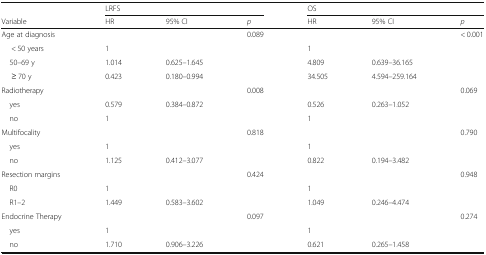
<table><thead><tr><td></td><td colspan="3"><b>LRFS</b></td><td colspan="3"><b>OS</b></td></tr><tr><td><b>Variable</b></td><td><b>HR</b></td><td><b>95% CI</b></td><td><b><i>p</i></b></td><td><b>HR</b></td><td><b>95% CI</b></td><td><b><i>p</i></b></td></tr></thead><tbody><tr><td>Age at diagnosis</td><td></td><td></td><td>0.089</td><td></td><td></td><td>&lt; 0.001</td></tr><tr><td>&lt; 50 years</td><td>1</td><td></td><td></td><td>1</td><td></td><td></td></tr><tr><td> 50–69 y</td><td>1.014</td><td>0.625–1.645</td><td></td><td>4.809</td><td>0.639–36.165</td><td></td></tr><tr><td>≥ 70 y</td><td>0.423</td><td>0.180–0.994</td><td></td><td>34.505</td><td>4.594–259.164</td><td></td></tr><tr><td>Radiotherapy</td><td></td><td></td><td>0.008</td><td></td><td></td><td>0.069</td></tr><tr><td> yes</td><td>0.579</td><td>0.384–0.872</td><td></td><td>0.526</td><td>0.263–1.052</td><td></td></tr><tr><td> no</td><td>1</td><td></td><td></td><td>1</td><td></td><td></td></tr><tr><td>Multifocality</td><td></td><td></td><td>0.818</td><td></td><td></td><td>0.790</td></tr><tr><td> yes</td><td>1</td><td></td><td></td><td>1</td><td></td><td></td></tr><tr><td> no</td><td>1.125</td><td>0.412–3.077</td><td></td><td>0.822</td><td>0.194–3.482</td><td></td></tr><tr><td>Resection margins</td><td></td><td></td><td>0.424</td><td></td><td></td><td>0.948</td></tr><tr><td> R0</td><td>1</td><td></td><td></td><td>1</td><td></td><td></td></tr><tr><td> R1–2</td><td>1.449</td><td>0.583–3.602</td><td></td><td>1.049</td><td>0.246–4.474</td><td></td></tr><tr><td>Endocrine Therapy</td><td></td><td></td><td>0.097</td><td></td><td></td><td>0.274</td></tr><tr><td> yes</td><td>1</td><td></td><td></td><td>1</td><td></td><td></td></tr><tr><td> no</td><td>1.710</td><td>0.906–3.226</td><td></td><td>0.621</td><td>0.265–1.458</td><td></td></tr></tbody></table>